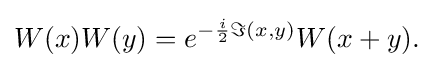
{W(x)W(y)=e^{-{i \over 2}\Im (x,y)}W(x+y).}